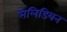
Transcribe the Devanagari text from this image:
सेलिडियन